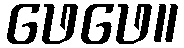
ဖေဖေ။